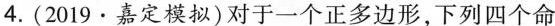
4.(2019\cdot嘉定模拟)对于一个正多边形，下列四个命